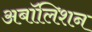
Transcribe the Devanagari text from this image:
अबॉलिशन